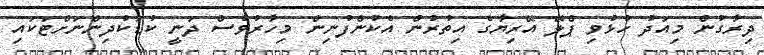
ދިރާގުން މިއަދު ހުޅުވި ޕްލޭ އޭރިޔާގެ އިތުރުން އެކުންފުނިން މިހާރުވެސް ދަނީ ކުޑަކުދިންނަށްޓަކައި